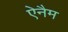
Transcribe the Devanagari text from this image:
ऐनैम